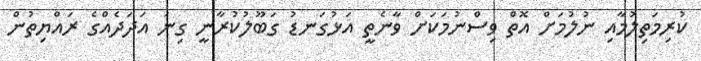
ކުރިމަތިލުމާއި ނުލުމަށް އޮތް ވިސްނުމަކަށް ވާނެތީ އަޅުގަނޑު ގަބޫލުކުރާނީ ގިނަ އަދަދެއްގެ ރައްޔިތުން